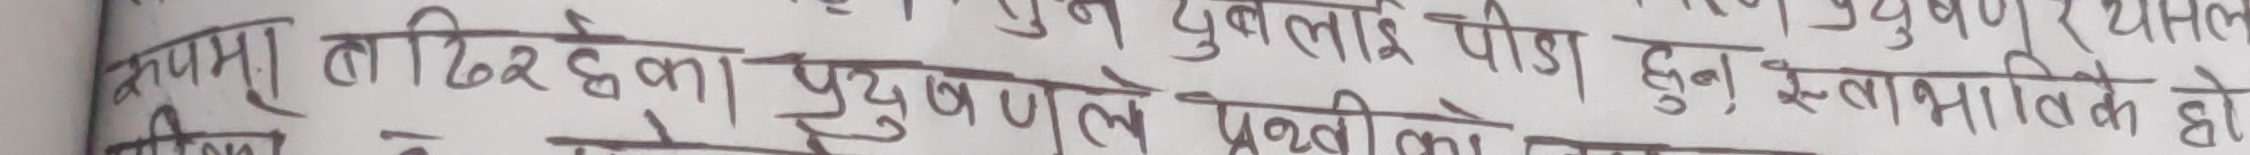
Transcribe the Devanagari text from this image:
स्तनमा लाठिरहेका पुरुषले युबलाई पीडा हुन स्भाविक हो